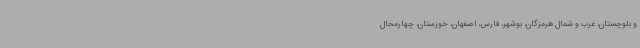
و بلوچستان، غرب و شمال هرمزگان، بوشهر، فارس، اصفهان، خوزستان، چهارمحال